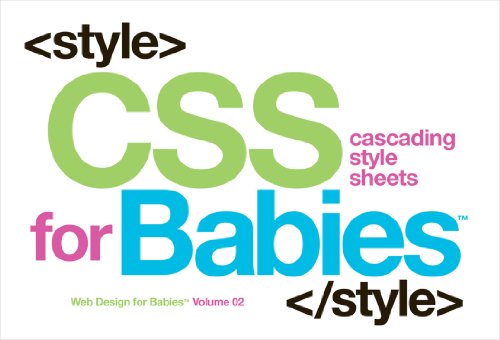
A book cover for CSS for Babies: Volume 2 of Web Design for Babies; John C Vanden-Heuvel Sr; Children's Books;